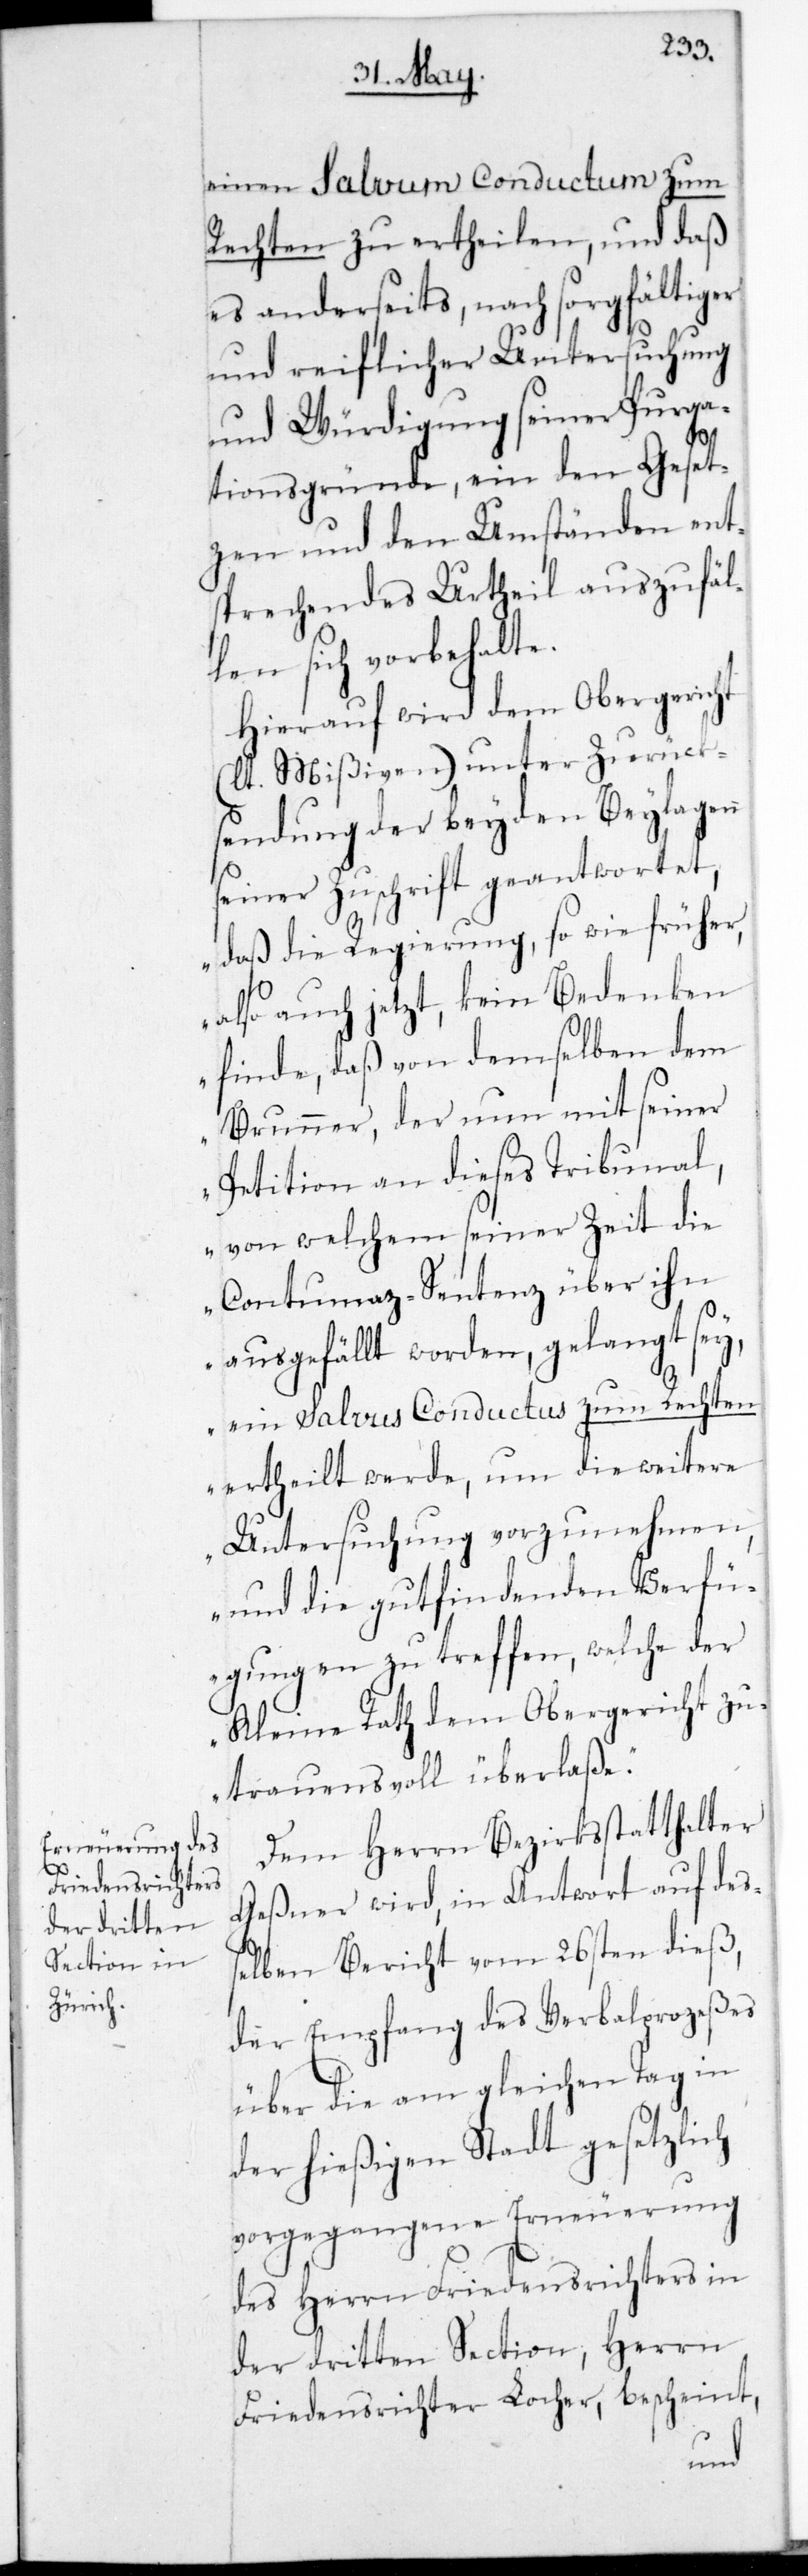
einen Salvum Conductum zum
Rechten zu ertheilen, und daß
es anderseits, nach sorgfältiger
und reiflicher Untersuchung
und Würdigung seiner Purga¬
tionsgründe, ein den Geset¬
zen und den Umständen ent¬
sprechendes Urtheil auszufäl¬
len sich vorbehalte.
Hierauf wird dem Obergericht
(laut Mißiven) unter Zurück¬
sendung der beyden Beylagen
seiner Zuschrift geantwortet,
„Daß die Regierung so wie früher,
also auch jetzt, kein Bedenken
finde, daß von demselben dem
Brunner, der nun mit seiner
Petition an dieses Tribunal,
von welchem seiner Zeit die
Contumaz-Sentenz über ihn
ausgefällt worden, gelangt sey,
ein Salvus Conductus zum Rechten
ertheilt werde, um die weitere
Untersuchung vorzunehmen,
und die gut findenden Verfü¬
gungen zu treffen, welche der
Kleine Rath dem Obergericht zu¬
trauensvoll überlaße.“
Dem Herrn Bezirksstatthalter
Geßner wird, in Antwort auf de¬
ßelben Bericht vom 26sten dieß,
der Empfang des Verbalprozeßes
über die am gleichen Tag in
der hießigen Stadt gesetzlich
vorgegangene Erneuerung
des Herrn Friedensrichters in
der dritten Section, Herrn
Friedensrichter Locher bescheint,